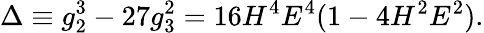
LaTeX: \Delta\equiv g_{2}^{3}-27g_{3}^{2}=16H^{4}E^{4}(1-4H^{2}E^{2}).